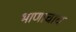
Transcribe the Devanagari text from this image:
भाणाचाच